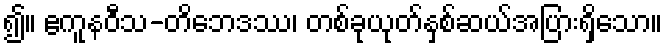
၍။ ဧကူနဝီသ-တိဘေဒဿ၊ တစ်ခုယုတ်နှစ်ဆယ်အပြားရှိသော။